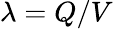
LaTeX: \lambda=Q/V